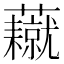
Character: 𧄥